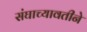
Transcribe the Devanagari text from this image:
संघाच्यावतीने